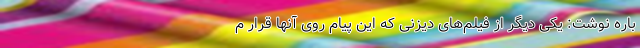
باره نوشت: یکی دیگر از فیلم‌های دیزنی که این پیام روی آنها قرار م